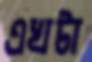
এখটা